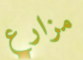
مزارع